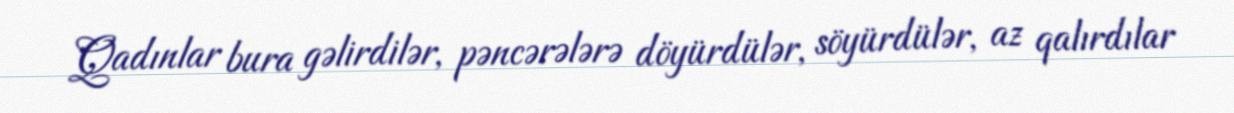
Qadınlar bura gəlirdilər, pəncərələrə döyürdülər, söyürdülər, az qalırdılar